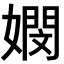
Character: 𡢄